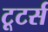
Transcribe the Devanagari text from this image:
टूटर्स